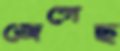
জেগেছ